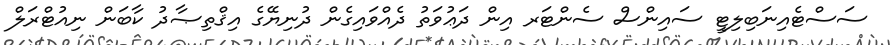
ސަސްޓެއިނަބިލިޓީ ސައިންސް ސެންޓަރ އިން ދަޢުވަތު ދެއްވައިގެން ދުނިޔޭގެ އިޤްތިޞާދު ކާބަން ނިއުޓްރަލް